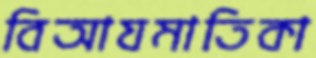
বিআযমাতিকা